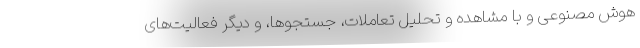
هوش مصنوعی و با مشاهده و تحلیل تعاملات، جستجوها، و دیگر فعالیت‌های